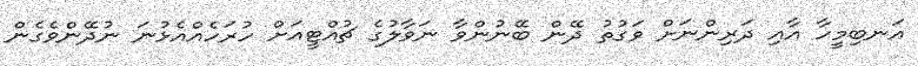
އަނބިމީހާ އާއި ދަރިންނަށް ވަގުތު ދޭން ބޭނުންވާ ނަވާލުގެ ޗުއްޓީއަށް ހުރަހެއްއެޅުނަ ނުދޭންވެގެން